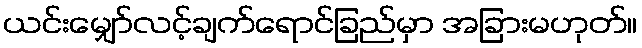
ယင်းမျှော်လင့်ချက်ရောင်ခြည်မှာ အခြားမဟုတ်။